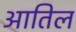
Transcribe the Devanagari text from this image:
आतिल